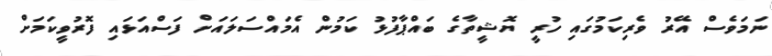
ނަމަވެސް އޭރު ވެރިކަމުގައި ހުރީ ޔޮޝީތާގެ ބައްޕާފުޅު ކަމުން އެމައްސަލައަށް ފަސްއަޅައި ފޮރުވީކަމަށް